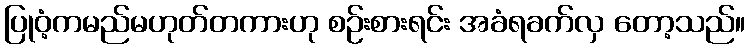
ပြုဝံ့ကမည်မဟုတ်တကားဟု စဉ်းစားရင်း အခံရခက်လှ တော့သည်။